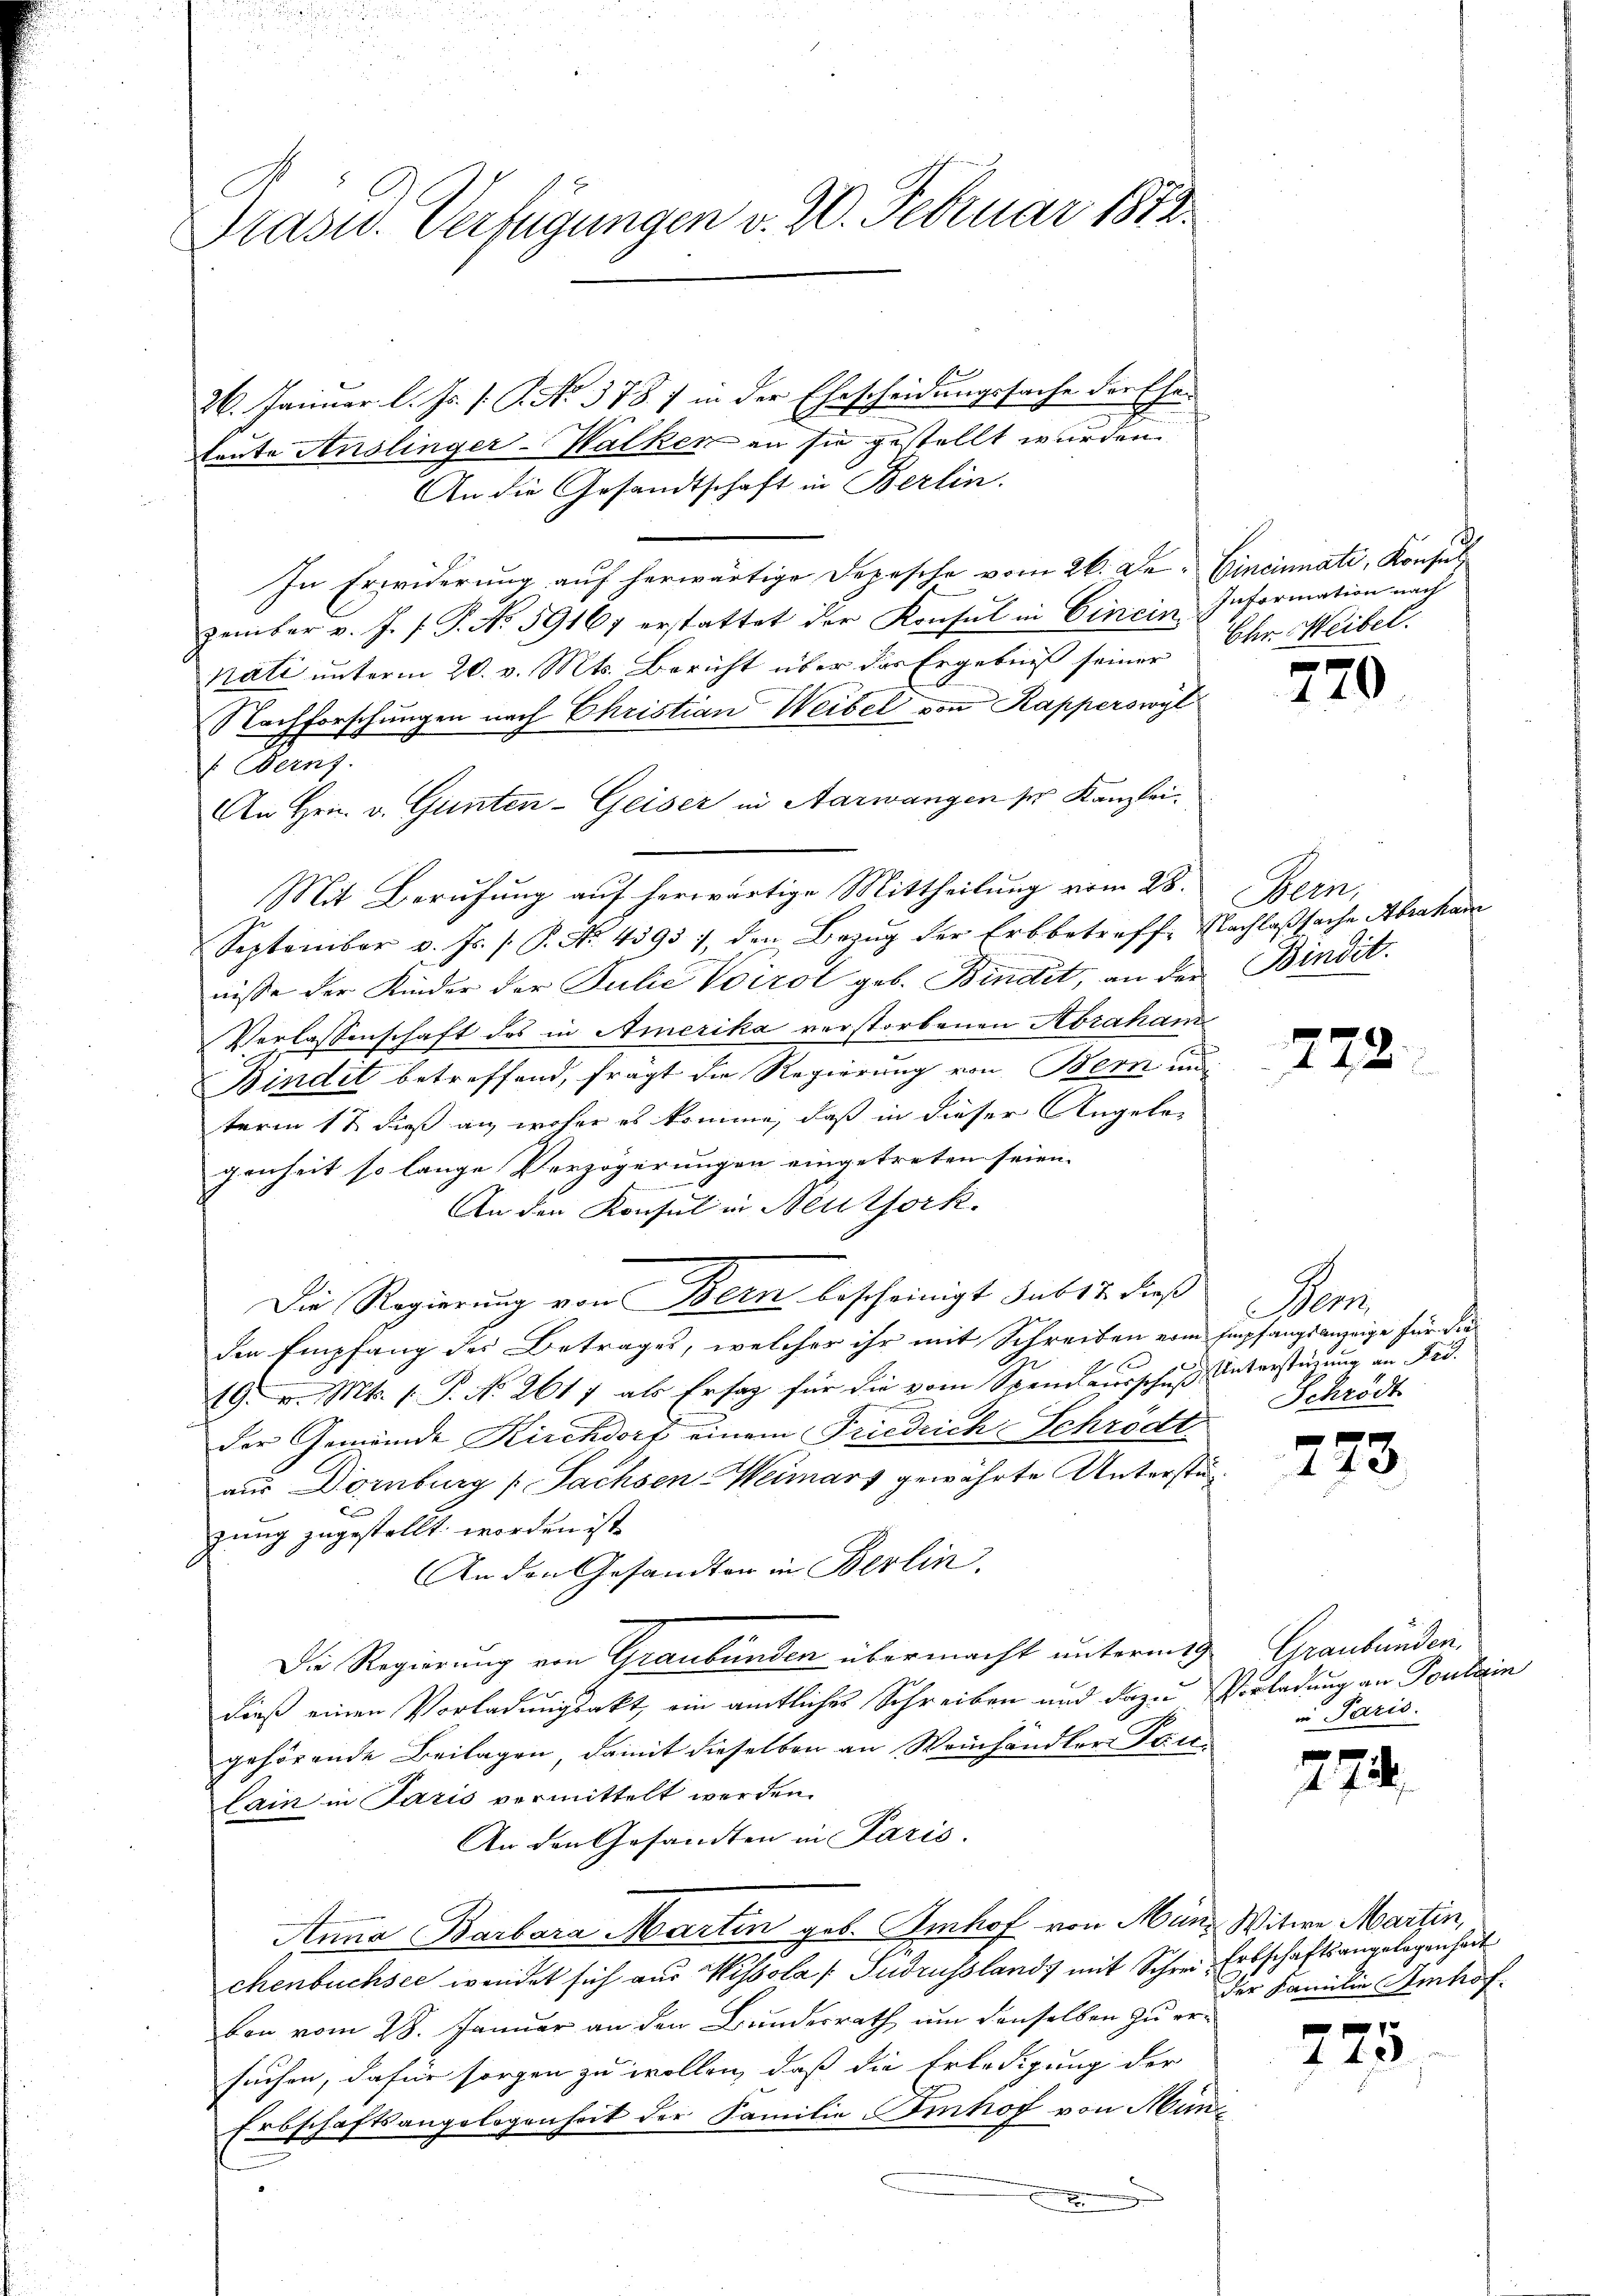
Präsid. Verfügungen v. 20. Februar 1812.

26. Januar l. Js. [: P. No. 378. 1 in der Ehescheidungssache der Ehe¬
Leute Anslinger-Walken an sie gestellt wurden.
An die Gesandtschaft in Berlin.
In Erwiderung auf herwärtige Depesche vom 26. De- Cincinnati, Konsul
zember v. J. J. P. No 59167 erstattet der Konsul in Cincin Information nach
nati unterm 20. v. Mts. Bericht über das Ergebniß seiner Ohr Weibel.
Nachforschungen nach Christian Weibel von Kapperswyl
: Berns
An Hrn. v. Günten-Geiser in Aarwangen ser Kanzlei.
Mit Berufung auf herwärtige Mittheilung vom 28.
September v. Js. s. P. No. 4393), den Bezug der Erbbetreffe Nachlaßsache Abraham
nisse der Kinder der Julić Voirol geb. Bindet, an der
Verlassenschaft des in Amerika verstorbenen Abraham
Bindet betreffend, frägt die Regierung von Bern und
term 1t dieß an, woher es komme, daß in dieser Angelegenheit so lange Verzögerungen eingetreten seien.
An den Konsul in Neuthork.
Die Regierung von Bern bescheinigt sub 17. dieß
den Empfang des Betrages, welcher ihr mit Schreiben vom Empfangsanzeige für die
2
19. v. Mts. 1. P. No 2617 als Ersag für die vom Spendausschuß unterstüzung an Fr.
der Gemeinde Kirchdorf einem Friedrich Schrödt
aus Dornburg (Sachsen Weimars gewährte Unterstüe
zung zugestellt worden ist,
An den Gesandten in Berlin.
Die Regierung von Graubünden übermacht unterm 9.
dieß einen Vorladungsakt, ein amtliches Schreiben und dazu Vorladung an Fontain
gehörende Beilagen, damit dieselben an Weinhändlers Fac
lain in Paris vermittelt werden.
An den Gesandten in Paris.
Anna Barbara Martin geb. Imhof von Münz Witwe Martin,
chenbuchsee wendet sich aus Wissola [Sudrussland, mit Schrei Erbschaftsangelegenheit
bon vom 28. Januar an den Bundesrath um denselben zu ersuchen, dafür sorgen zu wollen, daß die Erledigung der
Erbschaftsangelegenheit der Familie Fenhof von Münx

720

Aren,
Bindit.

772.

Han
Schrödt

f
440.

Graubünden.
u Paris.

774.

7
1420

der Familie Imhof